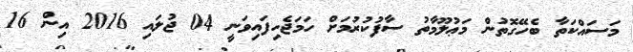
މަސައްކަތާ ބެހޭގޮތުން މަޢުލޫމާތު ސާފުކުރުމަށް ހަމަޖެހިފައިވަނީ 04 ޖުލައި 2016 އިން 16